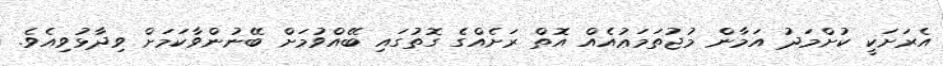
އެރަށަކީ ކުށްމަދު އަމާން މުޖުތަމަޢުއެއް އޮތް ރަށެއްގެ ގޮތުގައި ބޭއްވުމަށް ބޭނުންވާކަމަށް ވިދާޅުވިއެވެ.